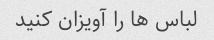
لباس ها را آویزان کنید